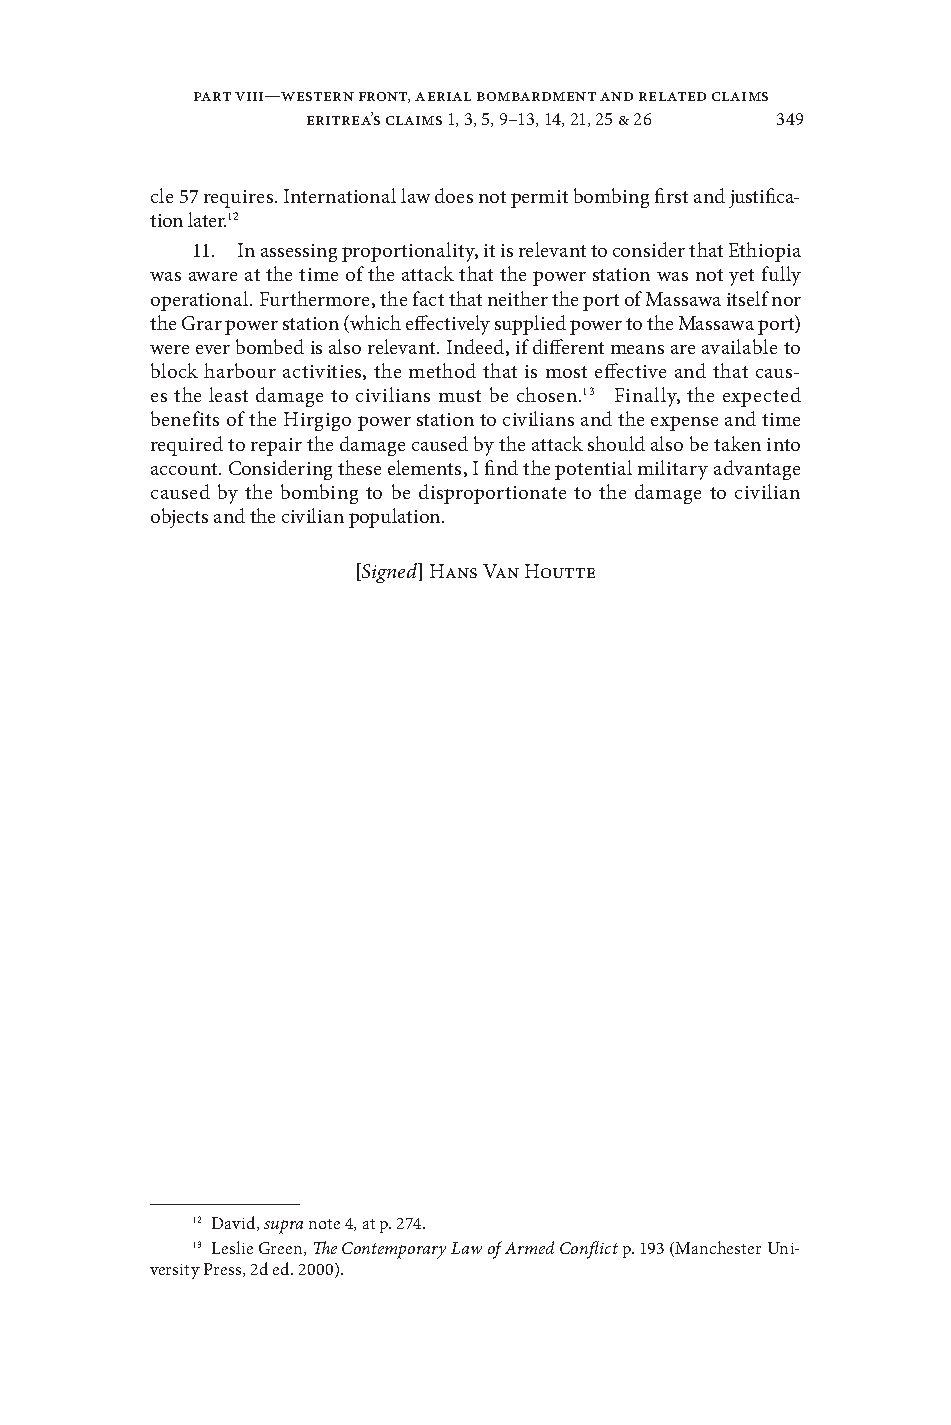
Part VIII—Western Front, Aerial Bombardment and Related Claims
 eritrea’s claims 1, 3, 5, 9–13, 14, 21, 25 & 26 349
 cle 57 requires . International law does not permit bombing first and justifica-
 tion later .1247
 11 . In assessing proportionality, it is releant to consider that Ethiopia
 was aware at the time of the attack that the power station was not yet fully
 operational . Furthermore, the fact that neither the port of Massawa itself nor
 the Grar power station (which effectiely supplied power to the Massawa port)
 were eer bombed is also releant . Indeed, if different means are aailable to
 block harbour actiities, the method that is most effectie and that caus-
 es the least damage to ciilians must be chosen .1348 Finally, the expected
 benefits of the Hirgigo power station to ciilians and the expense and time
 required to repair the damage caused by the attack should also be taken into
 account . Considering these elements, I find the potential military adantage
 caused by the bombing to be disproportionate to the damage to ciilian
 objects and the ciilian population .
 [Signed] Hans Van Houtte
 12 Daid, supra note 4, at p . 274 .
 13 Leslie Green, The Contemporary Law of Armed Conflict p . 193 (Manchester Uni-
 ersity Press, 2d ed . 2000) .